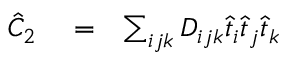
\begin{array} { r l r } { \hat { C } _ { 2 } } & { { } = } & { \sum _ { i j k } D _ { i j k } \hat { t } _ { i } \hat { t } _ { j } \hat { t } _ { k } } \end{array}